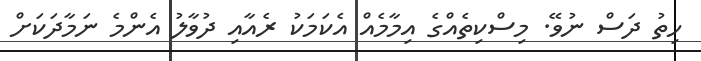
ހިތު ދަސް ނުވޭ. މިސްކިތެއްގެ އިމާމެއް އެކަމަކު ރެއާއި ދުވާލު އެންމެ ނަމާދަކަށް